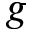
g